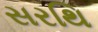
સરથિ